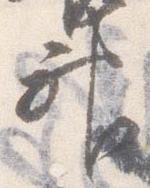
神